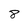
Character: 8